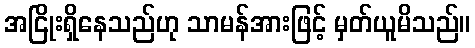
အငြိုးရှိနေသည်ဟု သာမန်အားဖြင့် မှတ်ယူမိသည်။